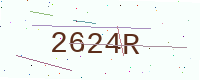
Text: 2624R